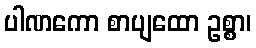
ပါဏကော စာပျထော ဥစ္စာ၊